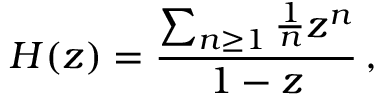
H ( z ) = { \frac { \sum _ { n \geq 1 } { { \frac { 1 } { n } } z ^ { n } } } { 1 - z } } \, ,